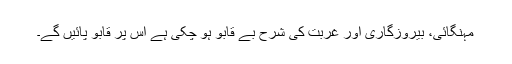
مہنگائی، بیروزگاری اور غربت کی شرح بے قابو ہو چکی ہے اس پر قابو پائیں گے۔